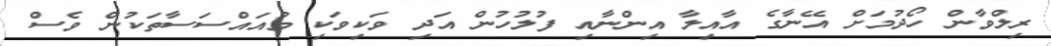
ރިލްވާން ހޯދުމަށް އޭނާގެ އާއިލާ އިންނާއި ފުލުހުން އަދި ވަކިވަކި މުއައްސަސާތަކުން ވެސް